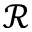
\mathcal { R }